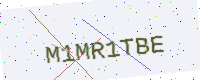
Text: M1MR1TBE